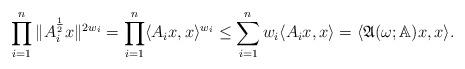
LaTeX: \begin{align*}\prod_{i=1}^{n} \| A_{i}^{\frac{1}{2}}x\|^{2w_{i}} =\prod_{i=1}^{n} \langle A_{i}x,x\rangle^{w_{i}} \leq \sum_{i=1}^{n} w_{i} \langle A_{i}x,x\rangle =\langle \frak{A}(\omega; \mathbb{A})x,x\rangle. \end{align*}